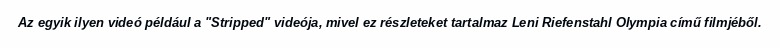
Az egyik ilyen videó például a "Stripped" videója, mivel ez részleteket tartalmaz Leni Riefenstahl Olympia című filmjéből.